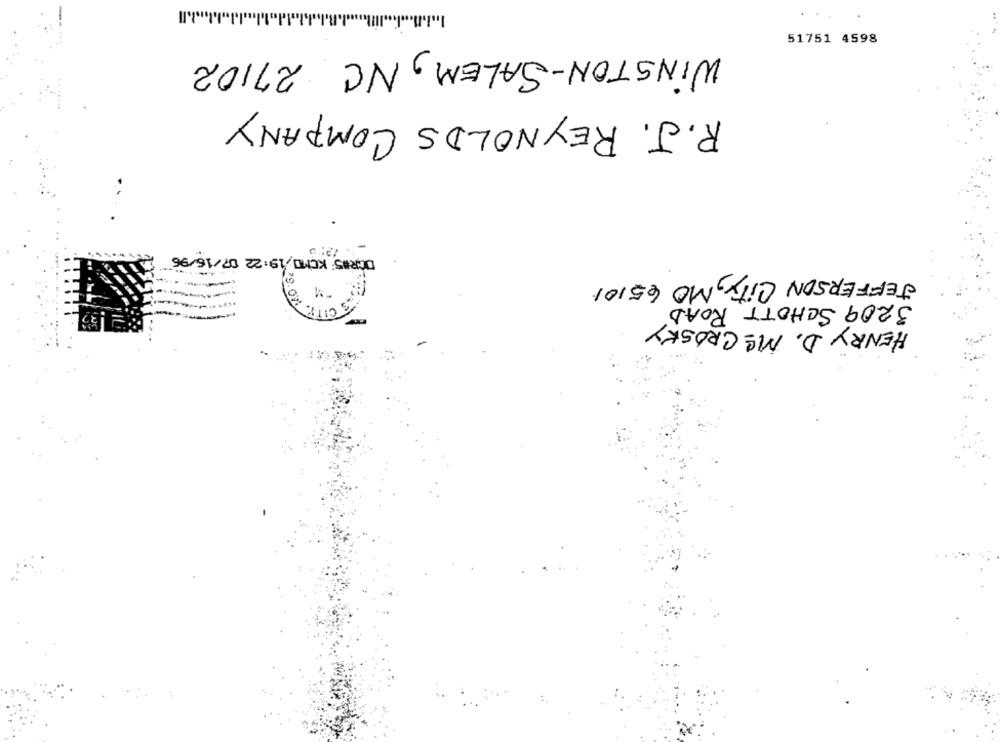
.Il
51751 4598
WINSTON-SALEM, NC 27102
R.J. REYNOLDS COMPANY
DORIS KCMO,19:22 07/16/96
-
JEFFERSON City, MO 65101
3209 SCHOTT ROAD
HENRY D. M& CROSKY